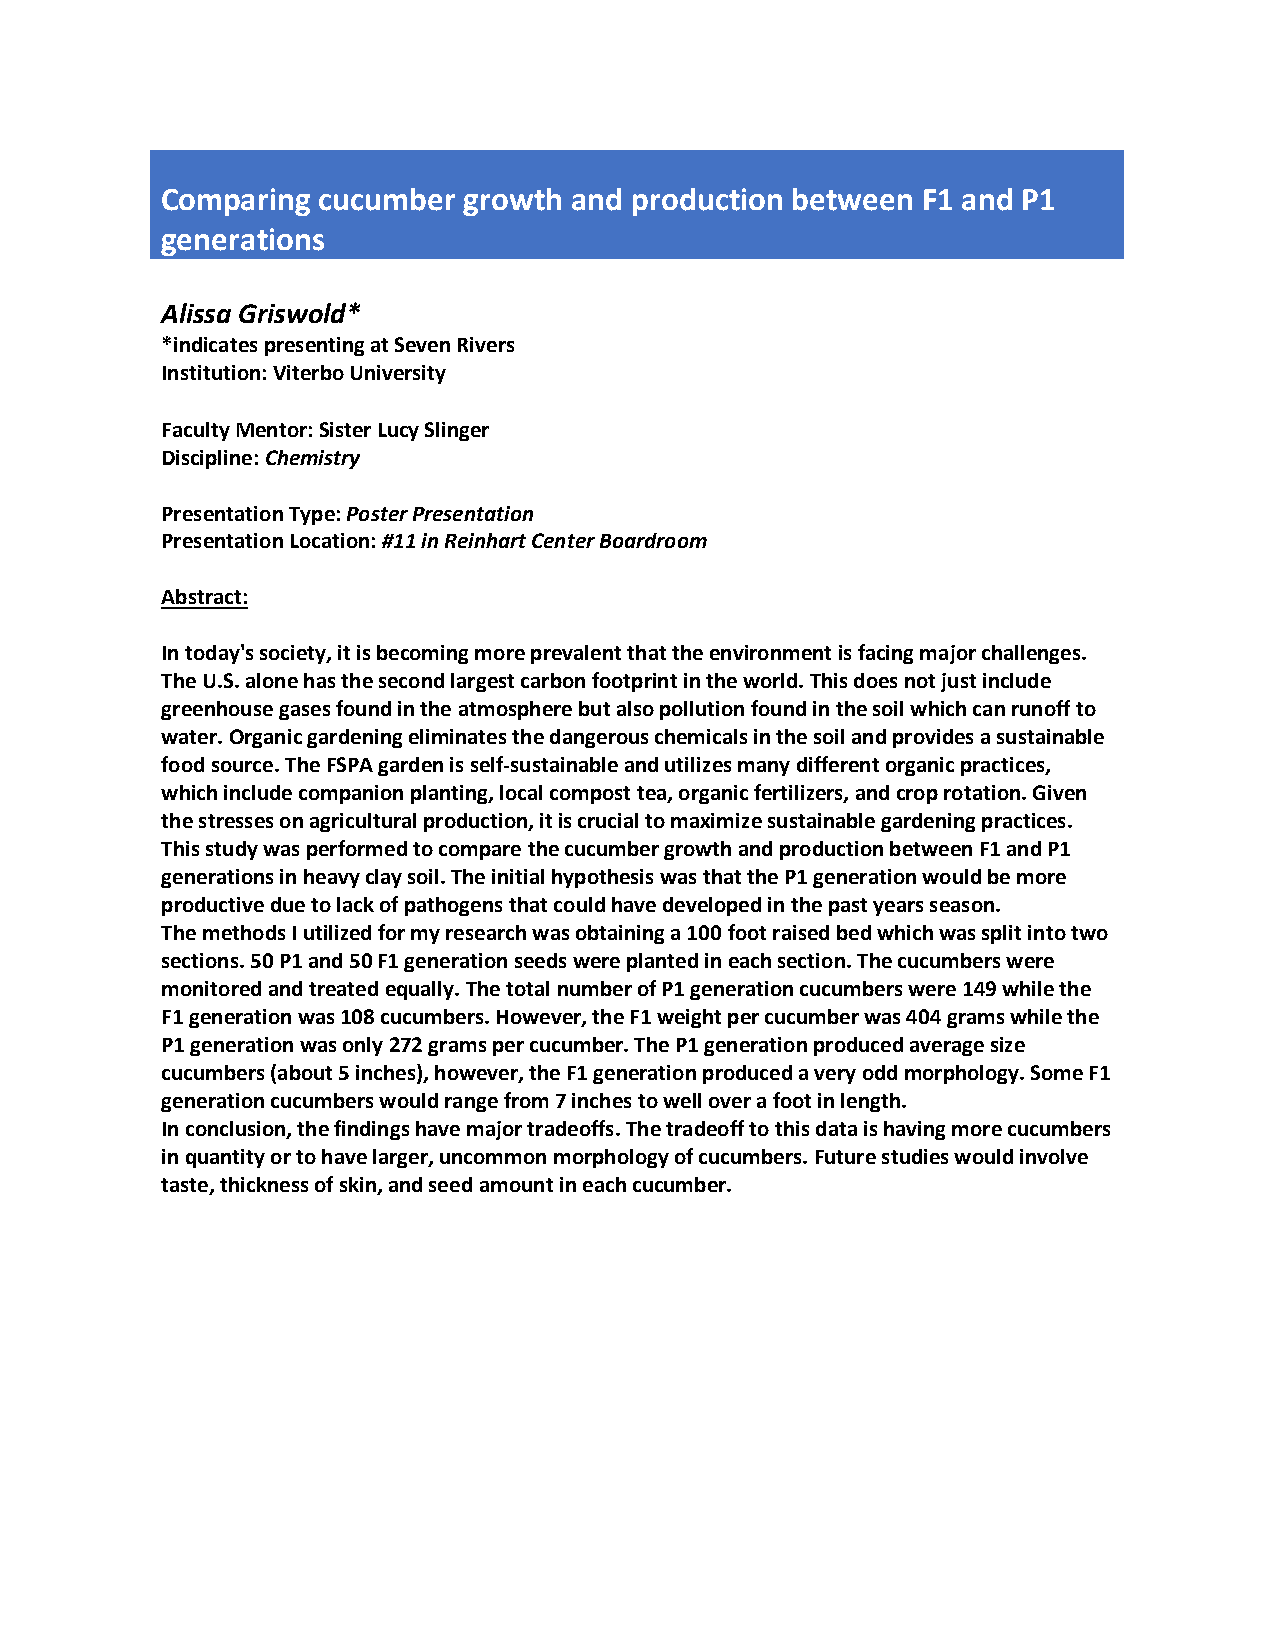
Comparing cucumber  growth and production between F1 and P1
 generations
 Alissa Griswold*
 *indicates presenting at Seven Rivers
 Institution: Viterbo University
 Faculty Mentor: Sister Lucy Slinger
 Discipline: Chemistry
 Presentation Type: Poster Presentation
 Presentation Location: #11 in Reinhart Center Boardroom
 Abstract:
 In today's society, it is becoming more prevalent that the environment is facing major challenges.
 The U.S. alone has the second largest carbon footprint in the world. This does not just include
 greenhouse gases found in the atmosphere but also pollution found in the soil which can runoff to
 water. Organic gardening eliminates the dangerous chemicals in the soil and provides a sustainable
 food source. The FSPA garden is self-sustainable and utilizes many different organic practices,
 which include companion planting, local compost tea, organic fertilizers, and crop rotation. Given
 the stresses on agricultural production, it is crucial to maximize sustainable gardening practices.
 This study was performed to compare the cucumber growth and production between F1 and P1
 generations in heavy clay soil. The initial hypothesis was that the P1 generation would be more
 productive due to lack of pathogens that could have developed in the past years season.
 The methods I utilized for my research was obtaining a 100 foot raised bed which was split into two
 sections. 50 P1 and 50 F1 generation seeds were planted in each section. The cucumbers were
 monitored and treated equally. The total number of P1 generation cucumbers were 149 while the
 F1 generation was 108 cucumbers. However, the F1 weight per cucumber was 404 grams while the
 P1 generation was only 272 grams per cucumber. The P1 generation produced average size
 cucumbers (about 5 inches), however, the F1 generation produced a very odd morphology. Some F1
 generation cucumbers would range from 7 inches to well over a foot in length.
 In conclusion, the findings have major tradeoffs. The tradeoff to this data is having more cucumbers
 in quantity or to have larger, uncommon morphology of cucumbers. Future studies would involve
 taste, thickness of skin, and seed amount in each cucumber.